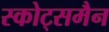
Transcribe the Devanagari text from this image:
स्कोट्समैन